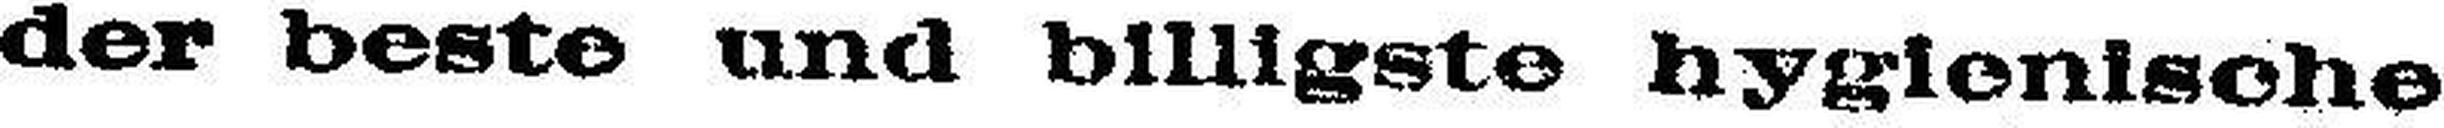
der beste und billigste hygienische